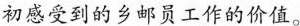
初感受到的乡邮员工作的价值。